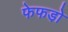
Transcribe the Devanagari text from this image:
फेफडो़